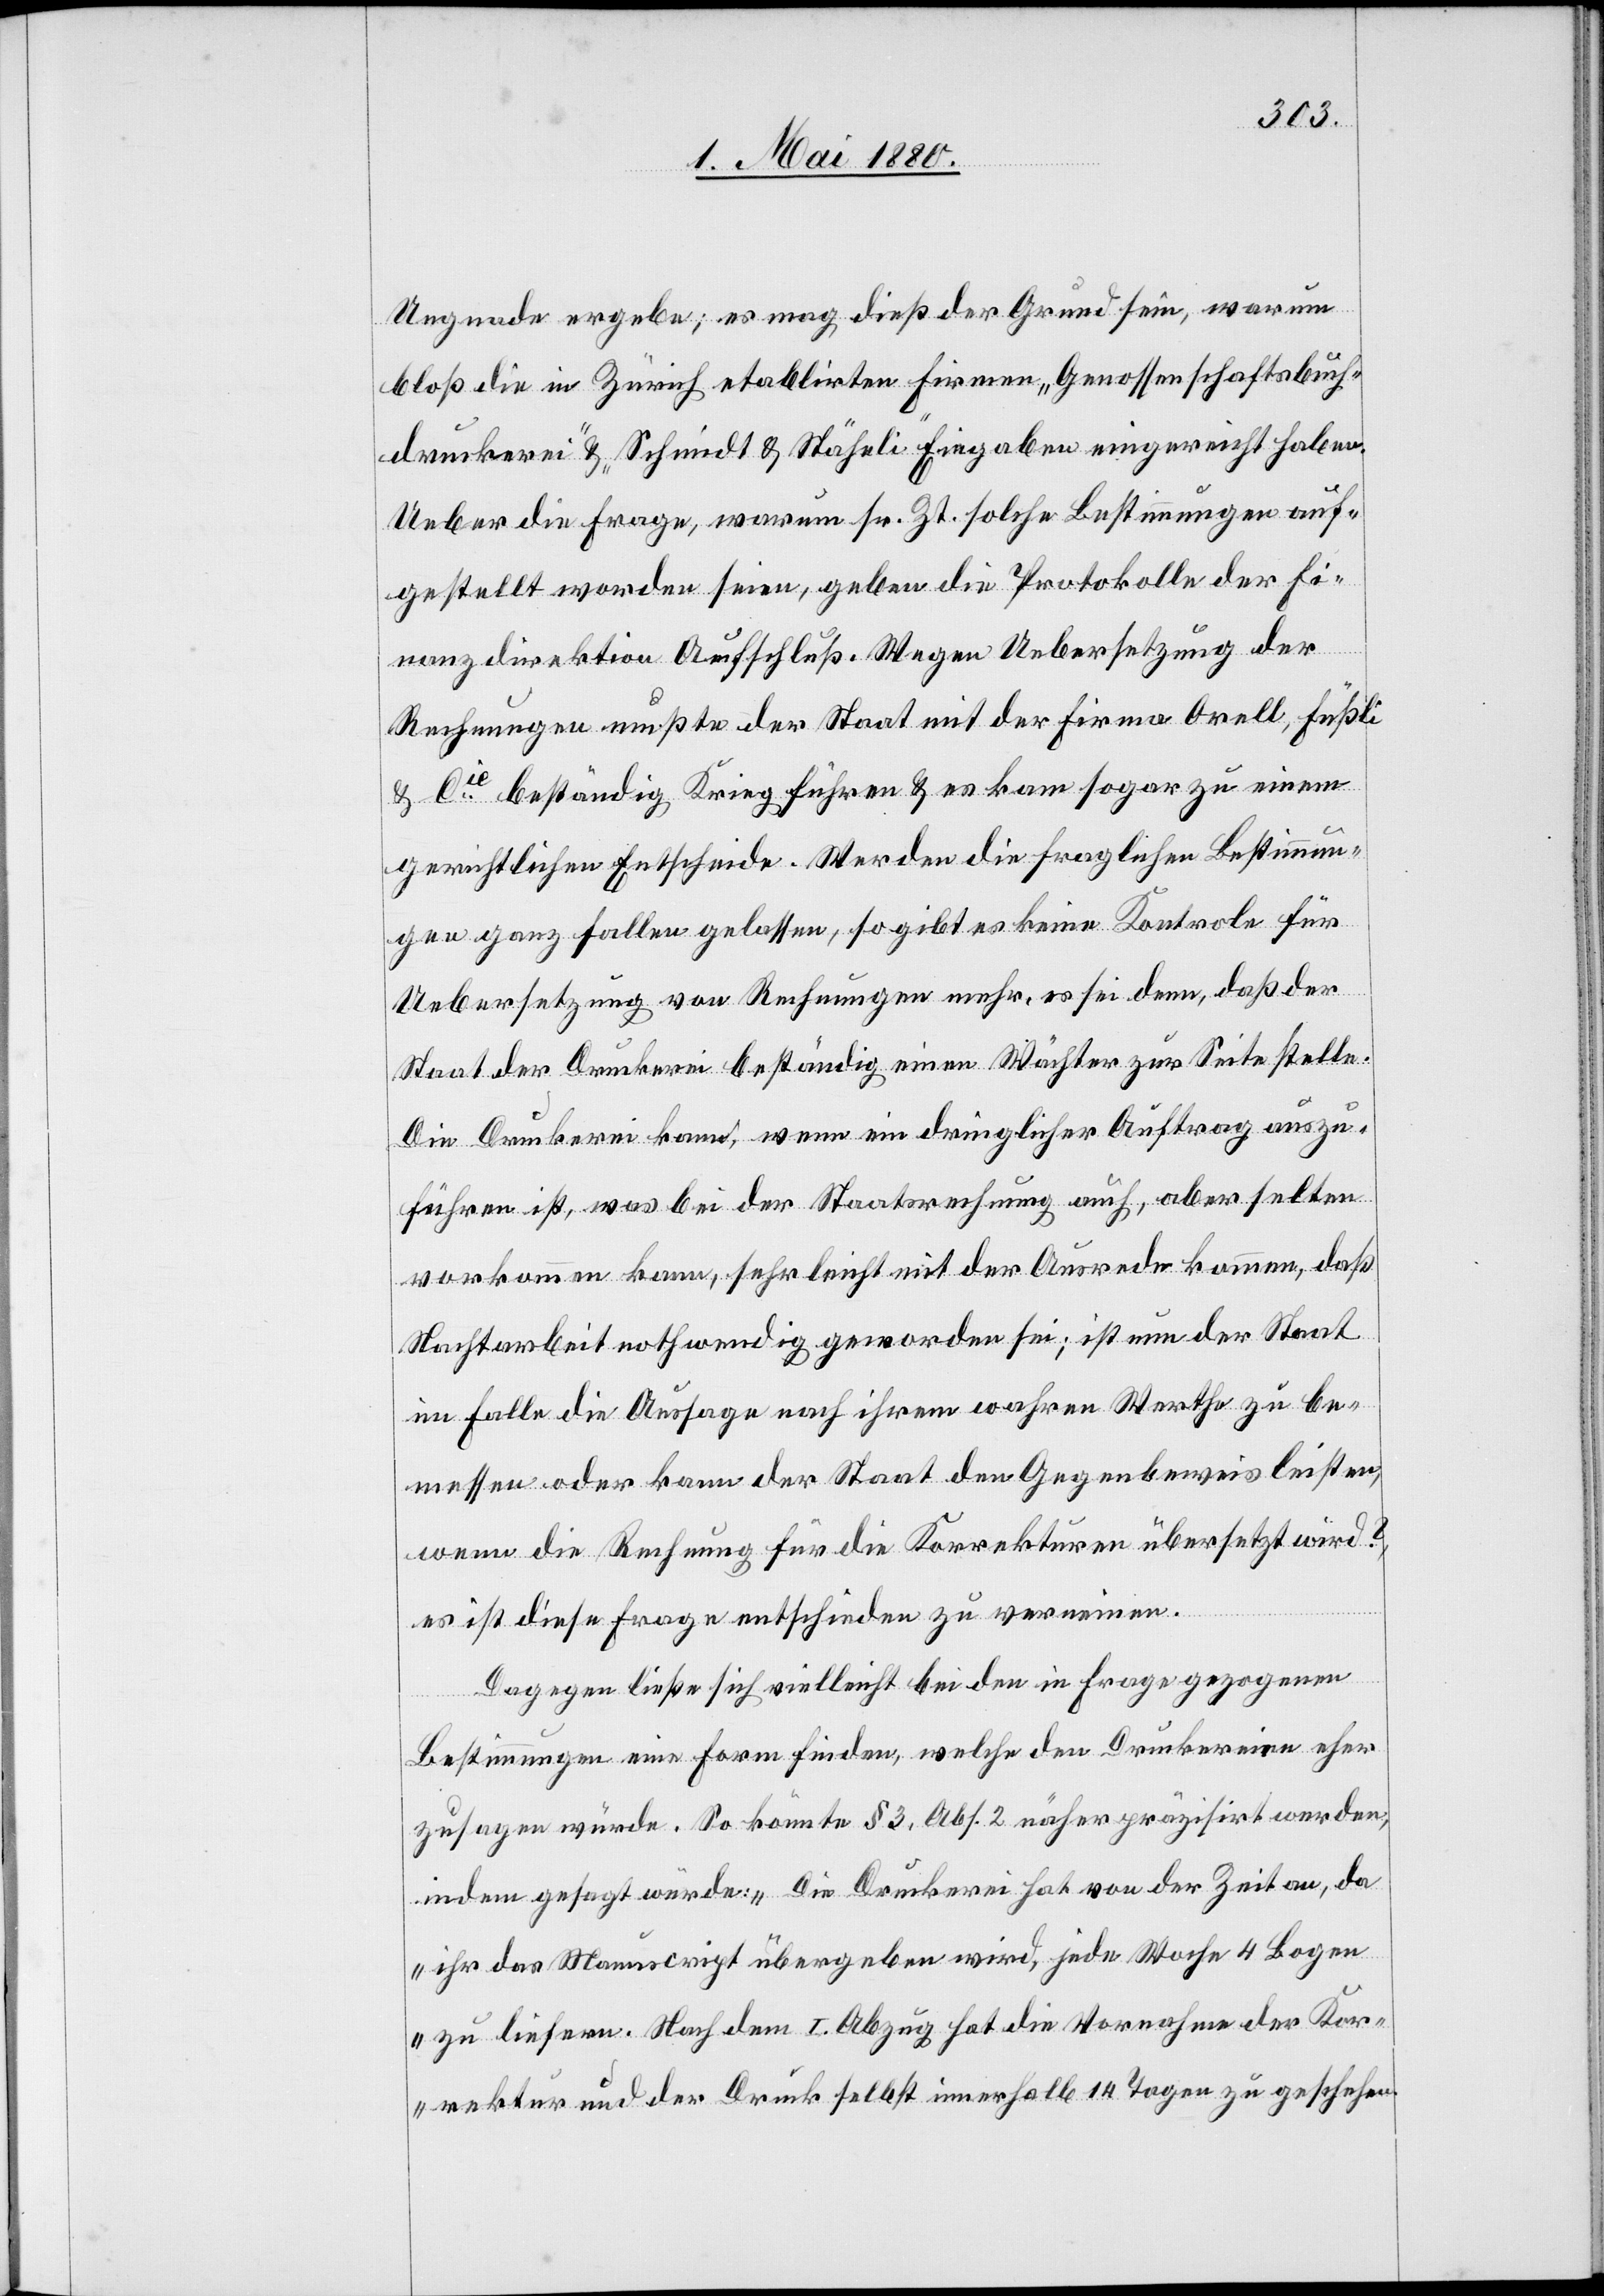
Ungnade ergebe; es mag dieß der Grund sein, warum
bloß die in Zürich etablirten Firmen „Genossenschaftsbuch¬
druckerei“ & „Schmidt & Stäheli“ Eingaben eingereicht haben.
Ueber die Frage, warum sr. Zt. solche Bestimmungen auf¬
gestellt worden seien, geben die Protokolle der Fi¬
nanzdirektion Aufschluß. Wegen Uebersetzung der
Rechnungen mußte der Staat mit der Firma Orell, Füßli
& Cie beständig Krieg führen & es kam sogar zu einem
gerichtlichen Entscheide. Werden die fraglichen Bestimmun¬
gen ganz fallen gelassen, so gibt es keine Kontrole für
Uebersetzung von Rechnungen mehr, es sei denn, daß der
Staat der Druckerei beständig einen Wächter zur Seite stelle.
Die Druckerei kann, wenn ein dringlicher Auftrag auszu¬
führen ist, was bei der Staatsrechnung auch, aber selten
vorkommen kann, sehr leicht mit der Ausrede kommen, daß
Nachtarbeit nothwendig geworden sei; ist nun der Staat
im Falle die Aussage nach ihrem wahren Werthe zu be¬
messen oder kann der Staat den Gegenbeweis leisten,
wenn die Rechnung für die Korrekturen übersetzt wird?,
es ist diese Frage entschieden zu verneinen.
Dagegen ließe sich vielleicht bei den in Frage gezogenen
Bestimmungen eine Form finden, welche den Druckereien eher
zusagen würde. So könnte § 3, Abs. 2 näher präzisirt werden,
indem gesagt würde: „Die Druckerei hat von der Zeit an, da
ihr das Manuscript übergeben wird, jede Woche 4 Bogen
zu liefern. Nach dem I. Abzug hat die Vornahme der Kor¬
rektur und der Druck selbst innerhalb 14 Tagen zu geschehen.